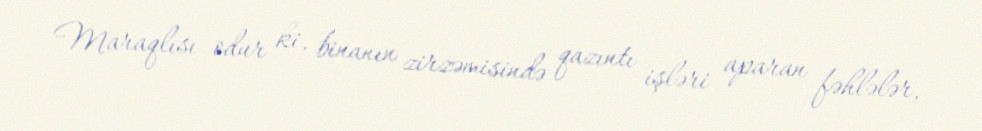
Maraqlısı odur ki, binanın zirzəmisində qazıntı işləri aparan fəhlələr,